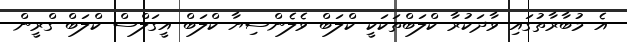
އެ މުބާރާތުގައި ވާދަކުރާ ކްލަބްތަކަކީ ކްލަބް ވެލެންސިޔާ ކްލަބް އީގަލްސް ކްލަބް ގްރީން